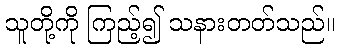
သူတို့ကို ကြည့်၍ သနားတတ်သည်။